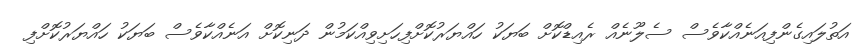
އަތުލައިގެންފިއަނެއްކާވެސް ސެލޫނެއް ރެއިޑްކޮށް ބަޔަކު ހައްޔަރުކޮށްފިހަށިވިއްކަމުން ދަނިކޮށް އަނެއްކާވެސް ބަޔަކު ހައްޔަރުކޮށްފި